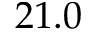
2 1 . 0